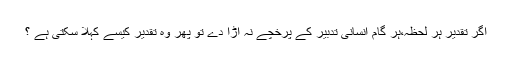
اگر تقدیر ہر لحظہ،ہر گام انسانی تدبیر کے پرخچے نہ اڑا دے تو پھر وہ تقدیر کیسے کہلا سکتی ہے ؟